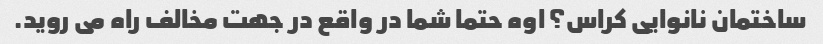
ساختمان نانوایی کراس؟ اوه حتما شما در واقع در جهت مخالف راه می روید.